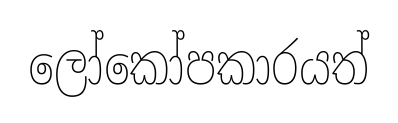
ලෝකෝපකාරයත්